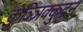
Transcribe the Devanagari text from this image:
कुञ्ञिक्कुट्टन